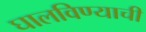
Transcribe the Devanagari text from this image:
घालविण्याची